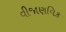
વીજાણવિક